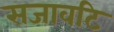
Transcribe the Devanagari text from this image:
सजावटि